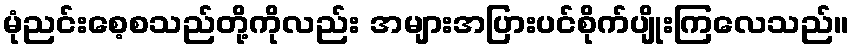
မုံညင်းစေ့စသည်တို့ကိုလည်း အများအပြားပင်စိုက်ပျိုးကြလေသည်။